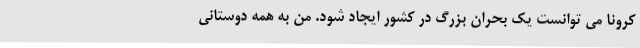
کرونا می توانست یک بحران بزرگ در کشور ایجاد شود. من به همه دوستانی